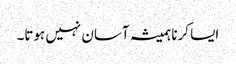
‏ ایسا کرنا ہمیشہ آسان نہیں ہوتا۔